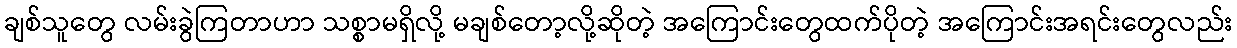
ချစ်သူတွေ လမ်းခွဲကြတာဟာ သစ္စာမရှိလို့ မချစ်တော့လို့ဆိုတဲ့ အကြောင်းတွေထက်ပိုတဲ့ အကြောင်းအရင်းတွေလည်း